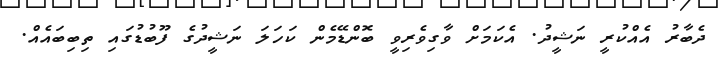
ދެބާރު އެއްކުރީ ނަޝީދު. އެކަމަށް ވާގިވެރިވީ ބޮންޑޭމެން ކަހަލަ ނަޝީދުގެ ފޫބުޑުގައި ތިބިބައެއް.